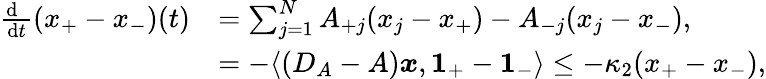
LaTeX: \begin{array}{rl}{\frac{\mathrm{d\, \, }}{\mathrm{d}t}(x_{+}-x_{-})(t)}&{=\sum_{j=1}^{N}A_{+j}(x_{j}-x_{+})-A_{-j}(x_{j}-x_{-}),}\\ &{=-\langle(D_{A}-A){\boldsymbol x},\mathbf{1}_{+}-\mathbf 1_{-}\rangle\leq-\kappa_{2}(x_{+}-x_{-}),}\end{array}